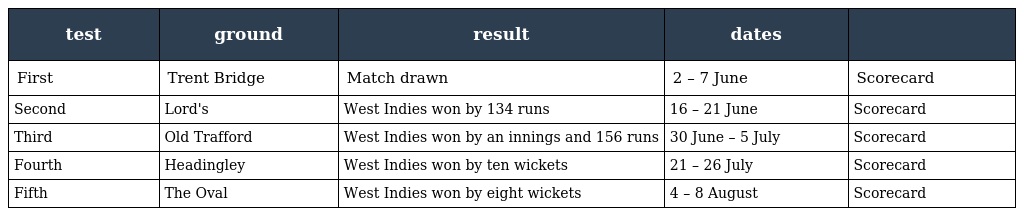
| test | ground | result | dates |  |
 | --- | --- | --- | --- | --- |
 | First | Trent Bridge | Match drawn | 2 – 7 June | Scorecard |
 | Second | Lord's | West Indies won by 134 runs | 16 – 21 June | Scorecard |
 | Third | Old Trafford | West Indies won by an innings and 156 runs | 30 June – 5 July | Scorecard |
 | Fourth | Headingley | West Indies won by ten wickets | 21 – 26 July | Scorecard |
 | Fifth | The Oval | West Indies won by eight wickets | 4 – 8 August | Scorecard |